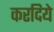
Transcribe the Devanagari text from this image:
करदिये